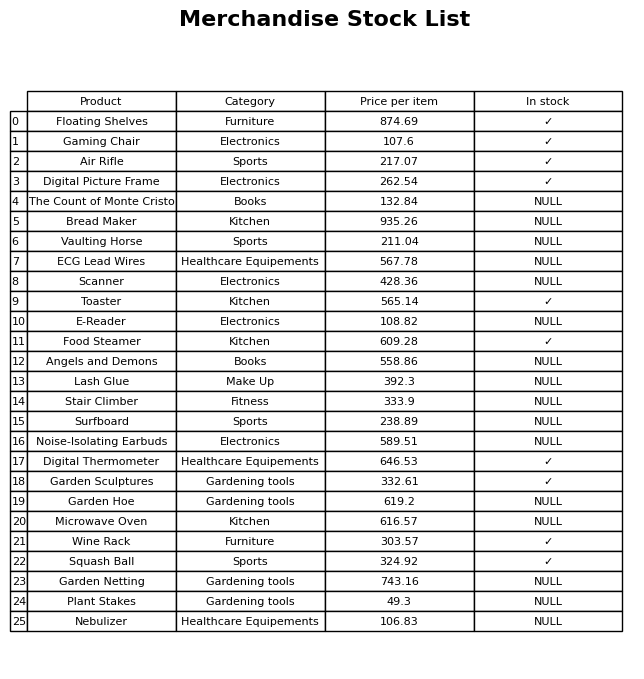
question: What is the price for Vaulting Horse?
answer: The price of Vaulting Horse is 211.04.